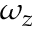
\omega _ { z }